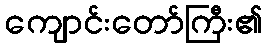
ကျောင်းတော်ကြီး၏